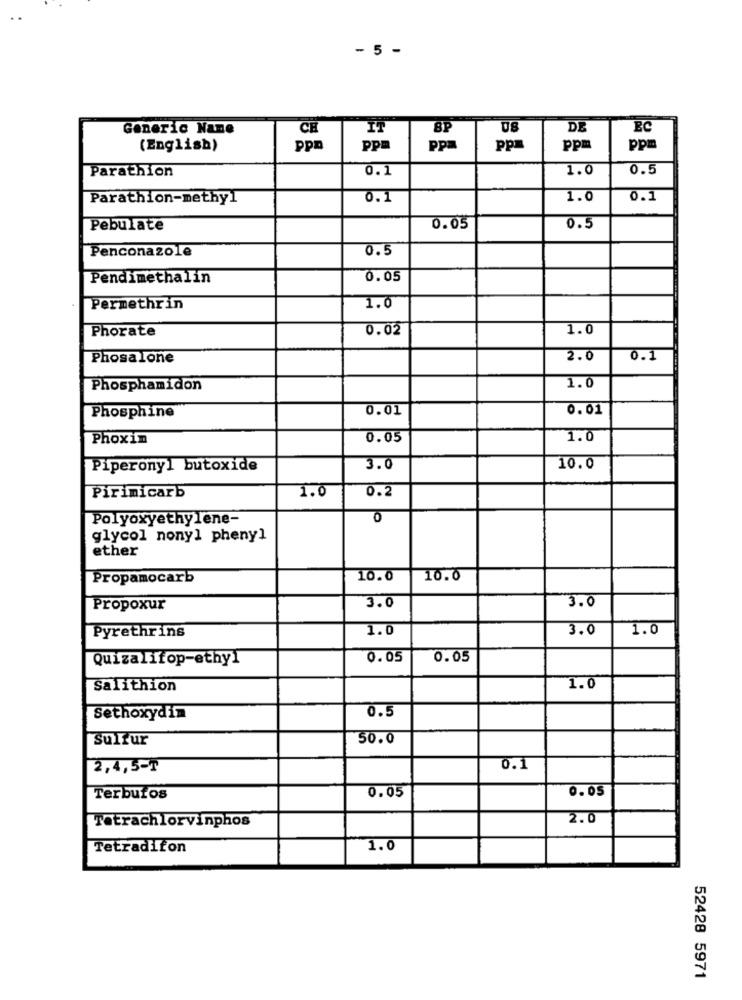
- 5 -
Generic Name
CH
IT
BP
US
DE
(English)
ppo
Ppm
Ppa
ppa
ppm
ppm
Parathion
0.1
1.0
0.5
Parathion-methyl
0.1
1.0
0.1
Pebulate
0.05
0.5
Penconazole
0.5
Pendimethalin
0.05
Permethrin
1.0
Phorate
0.02
1.0
Phosalone
2.0
0.1
Phosphamidon
1.0
0.01
0.01
Phosphine
Phoxin
0.05
1.0
Piperony1 butoxide
3.0
10.0
1.0
0.2
Pirimicarb
Polyoxyethylene-
O
glycol nonyl phenyl
ether
Propamocarb
10.0
10.0
3.0
Propoxur
3.0
Pyrethrins
1.0
3.0
1.0
Quizalifop-ethyl
0.05
0.05
Salithion
1.0
0.5
Sethoxydim
Sulfur
50.0
2,4,5-7
0.1
0.05
0. 05
Terburos
Tetrachlorvinphos
2.0
Tetradifon
1.0
52428 5971